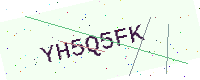
Text: YH5Q5FK